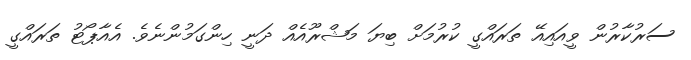
ސަރުކާރުން ވީއައިއޭ ތަރައްގީ ކުރުމަށް ބިޔަ މަޝްރޫއެއް ދަނީ ހިންގަމުންނެވެ. އެއާޕޯޓު ތަރައްގީ